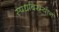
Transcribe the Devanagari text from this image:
स्पर्धांदरम्यान